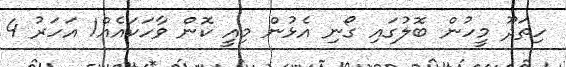
ހިތަދޫ މީހުން ބޮލުގައި ގޯނި އެޅުން މިއީ ކޮން ވާހަކައެއް1 އަހަރު 4